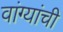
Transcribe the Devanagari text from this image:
वांग्यांची